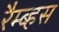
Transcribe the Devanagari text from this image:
रैम्ब्हस